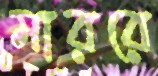
মাররে